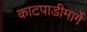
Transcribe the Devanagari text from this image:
काटपाडीमार्गे